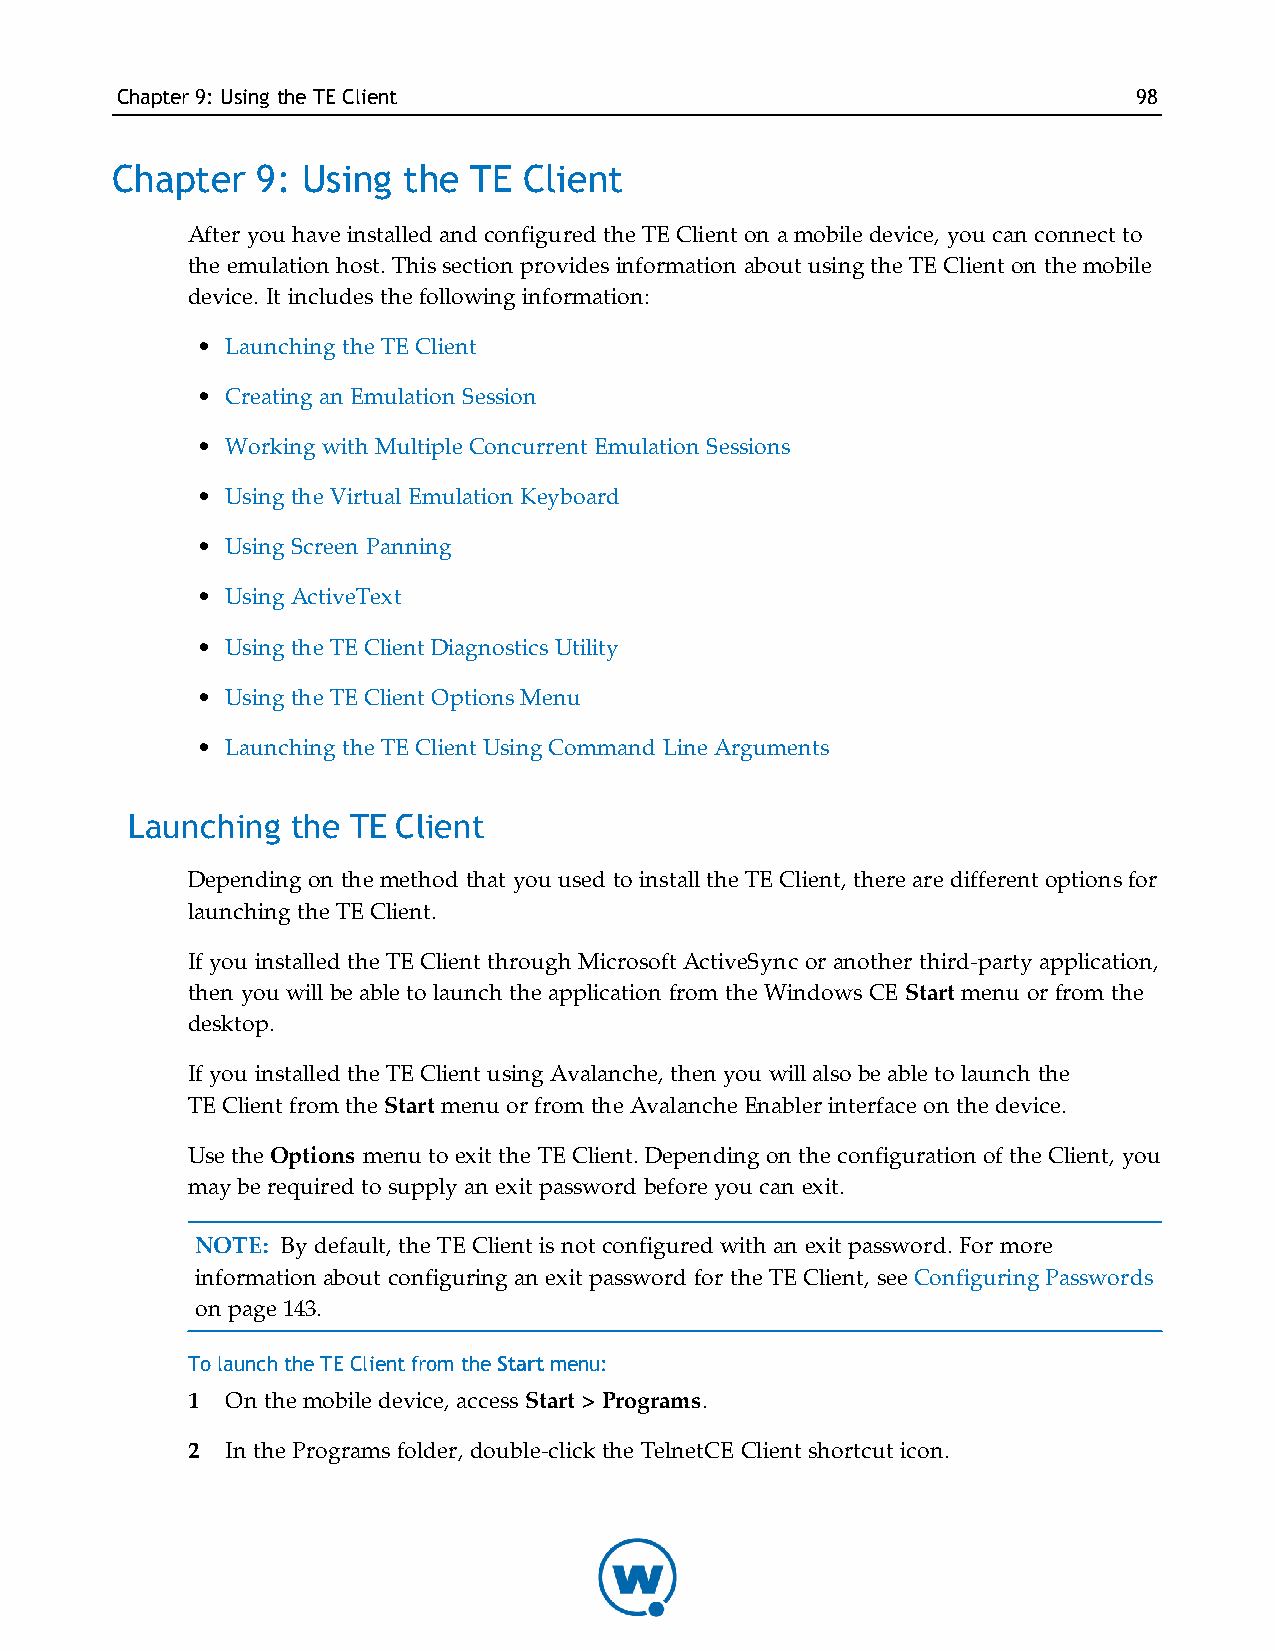
Chapter9: Using theTE Client                                       98
 Chapter   9: Using  the TE  Client
 After you have installed and configured the TE Client on a mobile device, you can connect to
 the emulation host. This section provides information about using the TE Client on the mobile
 device. It includes the following information:
 • Launching the TE Client
 • Creating an Emulation Session
 • Working with Multiple Concurrent Emulation Sessions
 • Using the Virtual Emulation Keyboard
 • Using Screen Panning
 • Using ActiveText
 • Using the TE Client Diagnostics Utility
 • Using the TE Client Options Menu
 • Launching the TE Client Using Command Line Arguments
 Launching  the TE Client
 Depending on the method that you used to install the TE Client, there are different options for
 launching the TE Client.
 If you installed the TE Client through Microsoft ActiveSync or another third-party application,
 then you will be able to launch the application from the Windows CE Start menu or from the
 desktop.
 If you installed the TE Client using Avalanche, then you will also be able to launch the
 TE Client from the Start menu or from the Avalanche Enabler interface on the device.
 Use the Options menu to exit the TE Client. Depending on the configuration of the Client, you
 may be required to supply an exit password before you can exit.
 NOTE: By default, the TE Client is not configured with an exit password. For more
 information about configuring an exit password for the TE Client, see Configuring Passwords
 on page 143.
 To launch the TE Client from the Start menu:
 1  On the mobile device, access Start > Programs.
 2  In the Programs folder, double-click the TelnetCE Client shortcut icon.